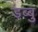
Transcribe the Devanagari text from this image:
डब्बु